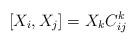
LaTeX: \begin{align*} [X_i,X_j]=X_kC_{ij}^k\end{align*}